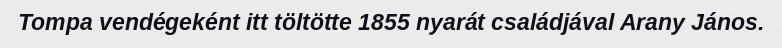
Tompa vendégeként itt töltötte 1855 nyarát családjával Arany János.